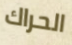
الحراك